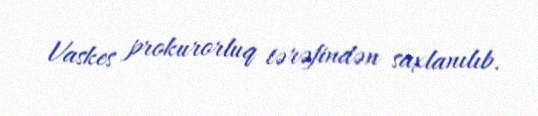
Vaskes prokurorluq tərəfindən saxlanılıb.